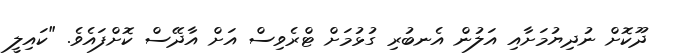
ދޫކޮށް ނުދިޔުމަށާއި އަލުން އެނބުރި ގުޅުމަށް ޓްރެވިސް އަށް އާދޭސް ކޮށްފައެވެ. "ކައިލީ